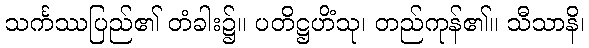
သင်္ကဿပြည်၏ တံခါး၌။ ပတိဋ္ဌဟိံသု၊ တည်ကုန်၏။ သီသာနိ၊